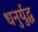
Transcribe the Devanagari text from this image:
धनुर्युद्ध